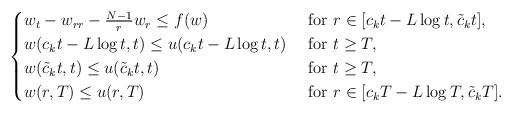
LaTeX: \begin{align*}\begin{cases}w_t-w_{rr}-\frac{N-1}{r}w_r\leq f(w) & \mbox{ for } r\in [c_{k} t-L\log t, \tilde c_k t],\\w(c_{k}t-L\log t,t)\leq u(c_{k}t-L\log t, t) &\mbox{ for } t\geq T,\\w(\tilde c_k t,t)\leq u(\tilde c_k t, t) &\mbox{ for } t\geq T,\\w(r, T)\leq u(r, T) &\mbox{ for } r\in [c_{k}T-L\log T, \tilde c_kT].\end{cases}\end{align*}